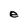
Character: e